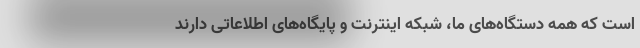
است که همه دستگاه‌های ما، شبکه اینترنت و پایگاه‌های اطلاعاتی دارند